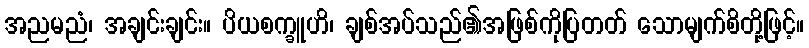
အညမညံ၊ အချင်းချင်း။ ပိယစက္ခူဟိ၊ ချစ်အပ်သည်၏အဖြစ်ကိုပြတတ် သောမျက်စိတို့ဖြင့်။